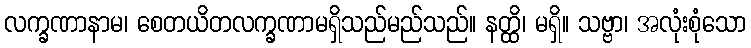
လက္ခဏာနာမ၊ စေတယိတလက္ခဏာမရှိသည်မည်သည်။ နတ္ထိ၊ မရှိ။ သဗ္ဗာ၊ အလုံးစုံသော